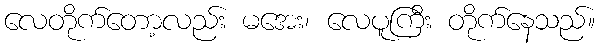
လေတိုက်တော့လည်း မအေး၊ လေပူကြီး တိုက်နေသည်။